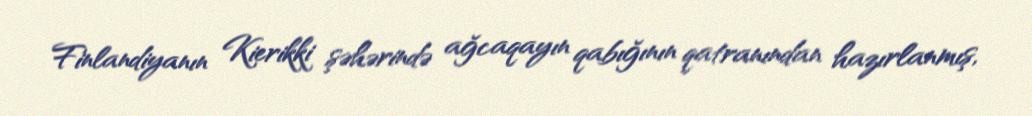
Finlandiyanın Kierikki şəhərində ağcaqayın qabığının qatranından hazırlanmış,